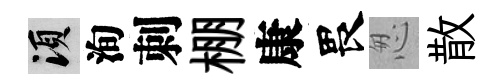
須洵刺棚康畏怱散